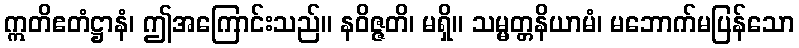
ဣတိဧတံဋ္ဌာနံ၊ ဤအကြောင်းသည်။ နဝိဇ္ဇတိ၊ မရှိ။ သမ္မတ္တနိယာမံ၊ မဘောက်မပြန်သော